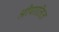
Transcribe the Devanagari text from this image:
श्रीपालित